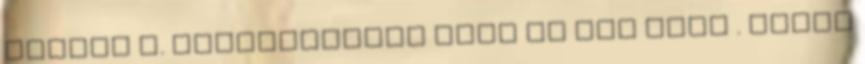
kezeld a. Csalóétkezés után is van élet . Aztán